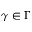
\gamma \in \Gamma